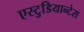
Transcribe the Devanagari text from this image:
एस्टुडियान्टेस